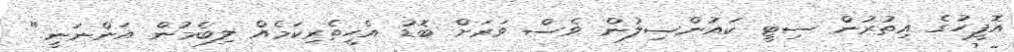
އޮފީހުގެ އިތުރުން ސިޓީ ކައުންސިލުން ވެސް ވަރަށް ބޮޑު އެހީތެރިކަމެއް ލިބެމުން އަންނަނީ."